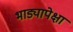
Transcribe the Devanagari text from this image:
भाड्यापेक्षा